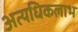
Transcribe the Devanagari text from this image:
अत्यधिकलाभ